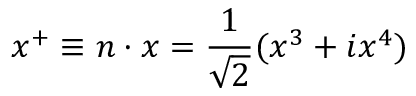
x ^ { + } \equiv n \cdot x = \frac { 1 } { \sqrt { 2 } } ( x ^ { 3 } + i x ^ { 4 } )